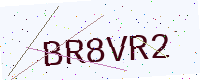
Text: BR8VR2